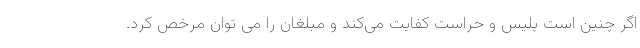
اگر چنین است پلیس و حراست کفایت می‌کند و مبلغان را می توان مرخص کرد.